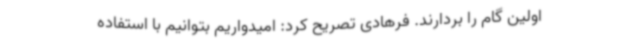
اولین گام را بردارند. فرهادی تصریح کرد: امیدواریم بتوانیم با استفاده